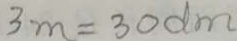
3 m = 3 0 d m